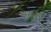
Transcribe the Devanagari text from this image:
अल्बी